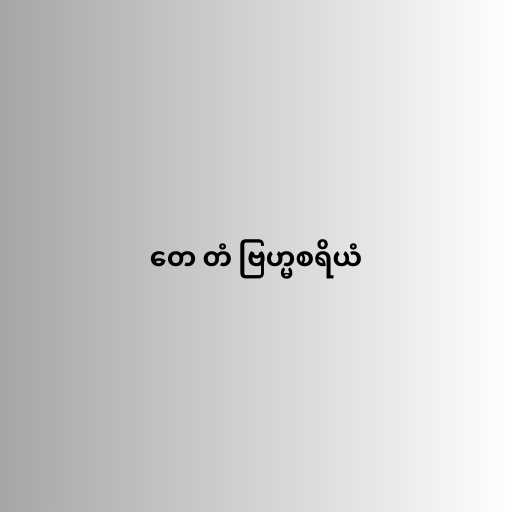
တေ တံ ဗြဟ္မစရိယံ